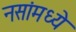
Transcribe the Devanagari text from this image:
नसांमध्ये